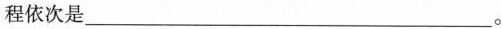
程依次是___。